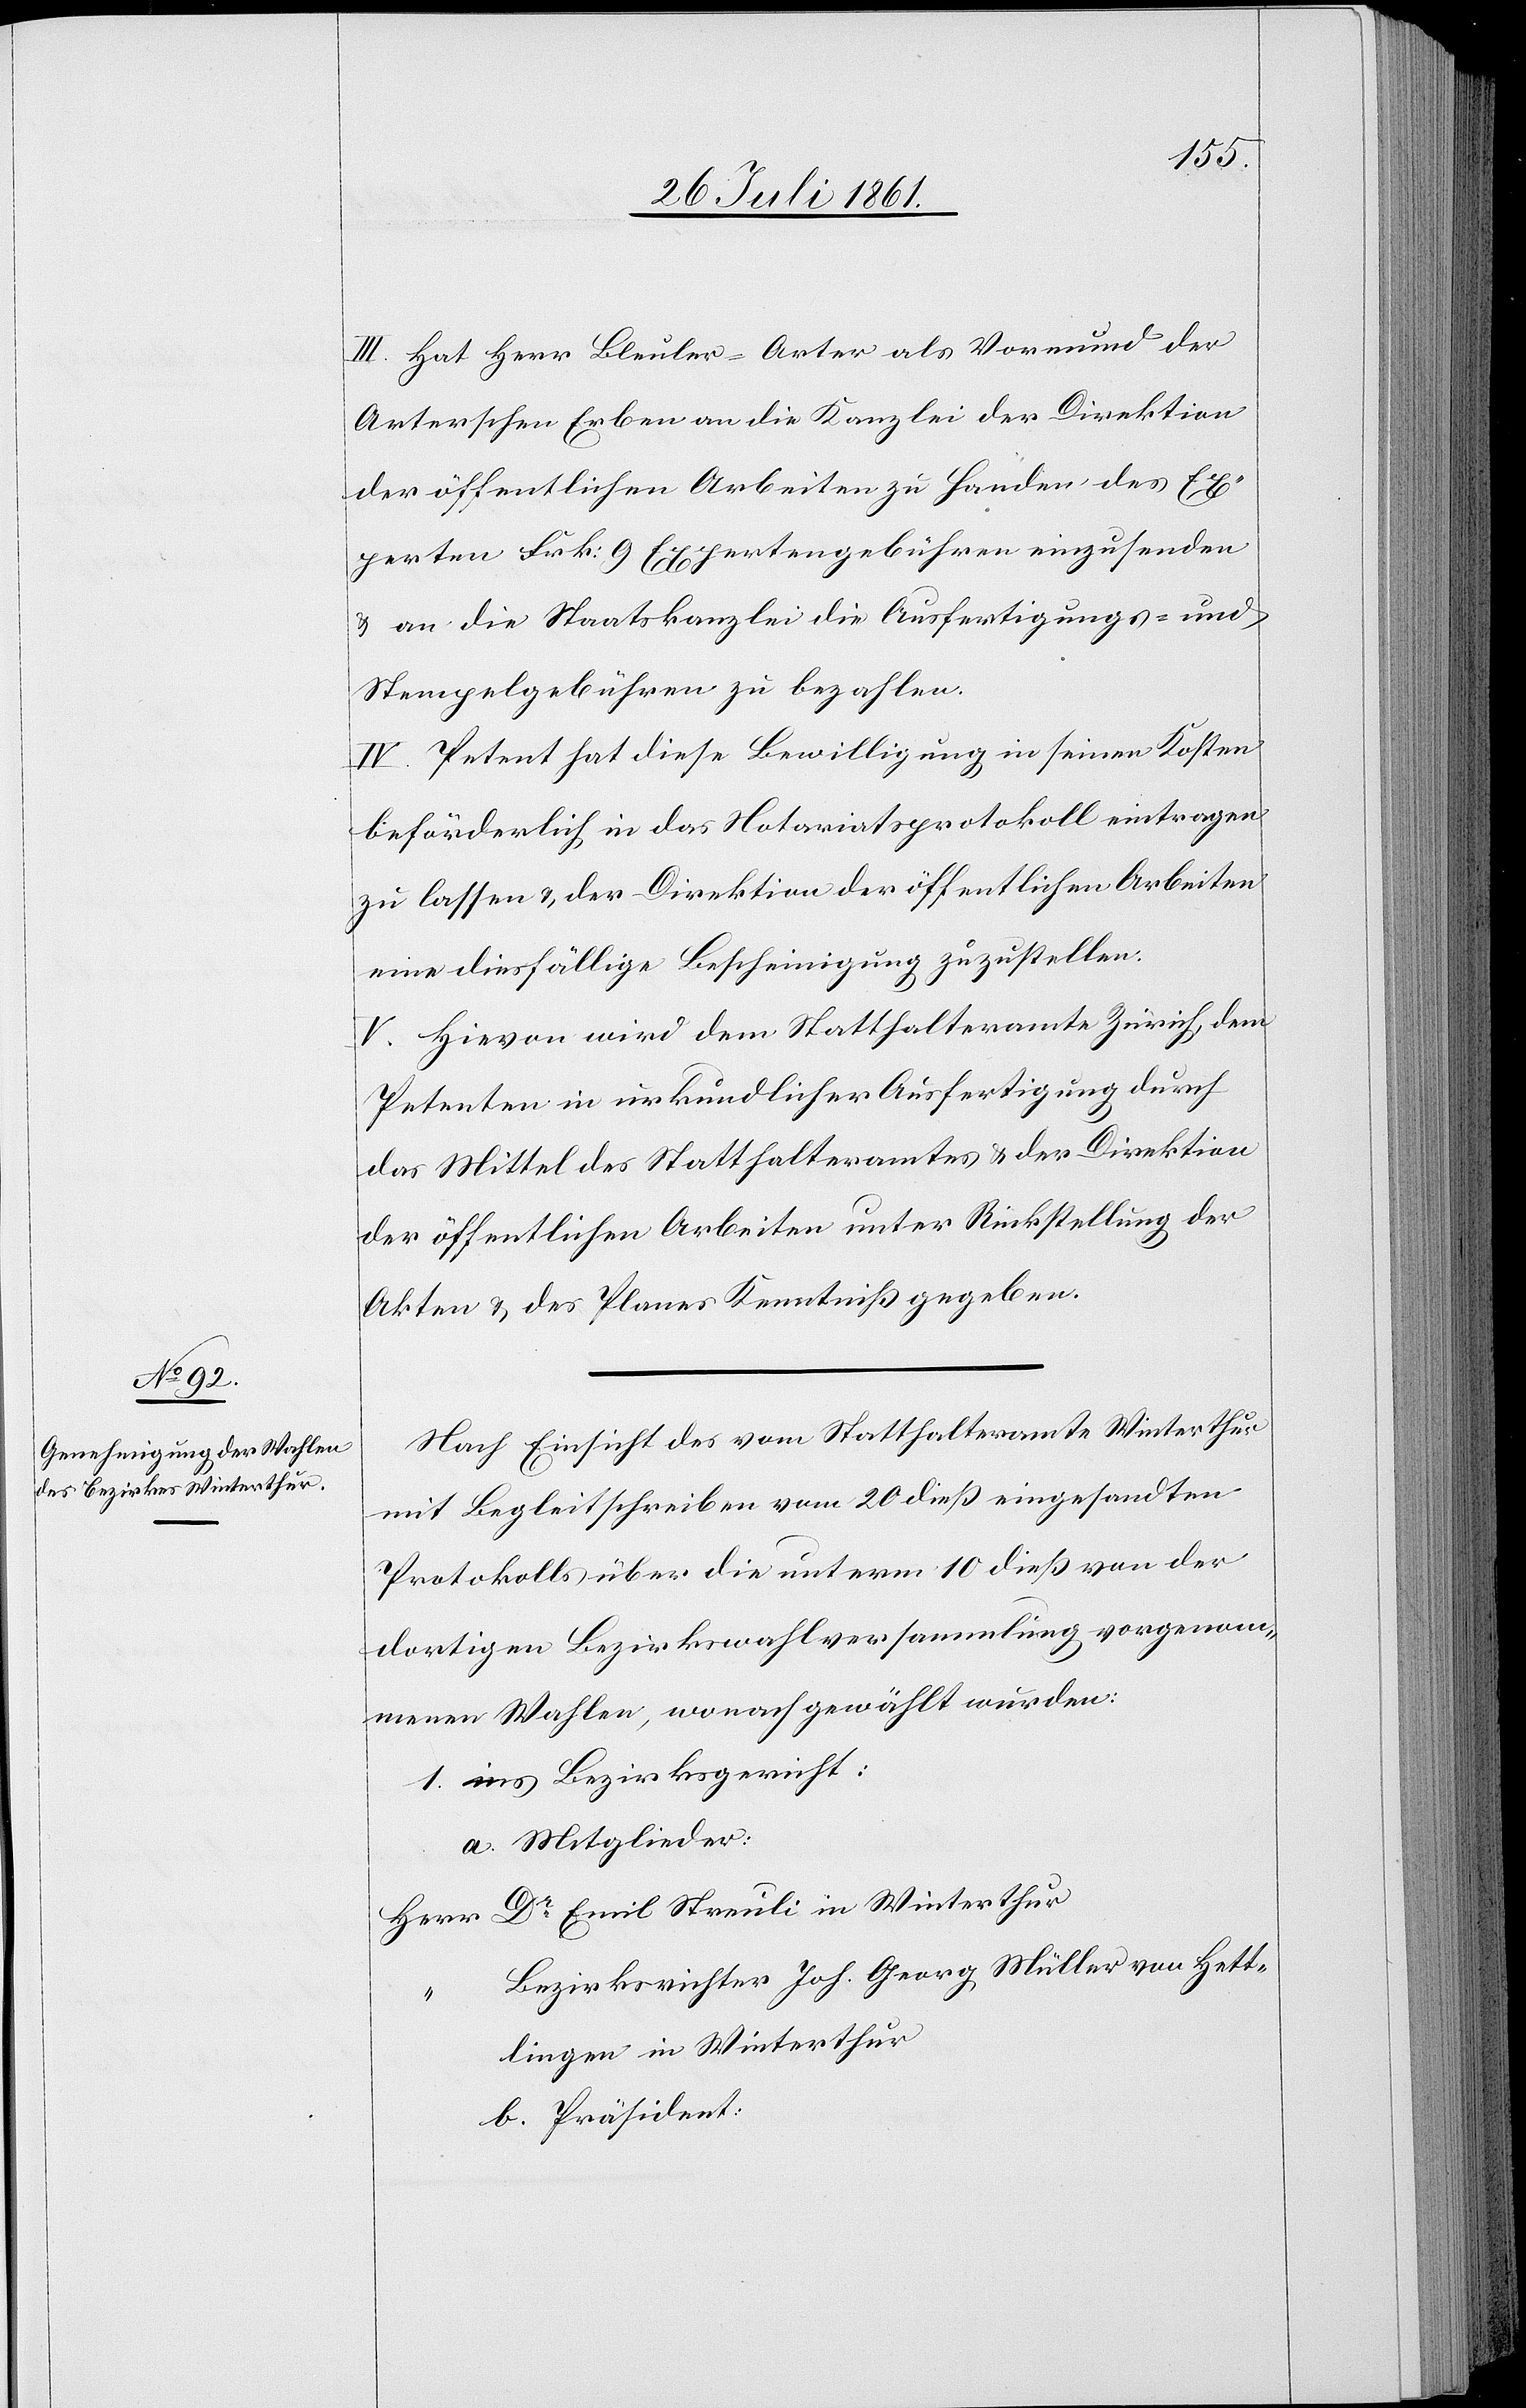
III. Hat Herr Bleuler-Arter als Vormund der
Arterschen Erben an die Kanzlei der Direktion
der öffentlichen Arbeiten zu Handen des Ex¬
perten Frk. 9 Expertengebühren einzusenden
u. an die Staatskanzlei die Ausfertigungs- u.
Stempelgebühren zu bezahlen.
IV. Petent hat diese Bewilligung in seinen Kosten
beförderlich in das Notariatsprotokoll eintragen
zu lassen u. der Direktion der öffentlichen Arbeiten
eine diesfällige Bescheinigung zuzustellen.
V. Hievon wird dem Statthalteramte Zürich, dem
Petenten in urkundlicher Ausfertigung durch
das Mittel des Statthalteramtes u. der Direktion
der öffentlichen Arbeiten unter Rückstellung der
Akten u. des Planes Kenntniß gegeben.
Nach Einsicht des vom Statthalteramte Winterthur
mit Begleitschreiben vom 20 dieß eingesandten
Protokolls über die unterm 10 dieß von der
dortigen Bezirkswahlversammlung vorgenom¬
menen Wahlen, wonach gewählt wurden:
1. ins Bezirksgericht:
a. Mitglieder:
Herr Dr Emil Streuli in Winterthur
Bezirksrichter Joh. Georg Müller von Hett¬
lingen in Winterthur
b. Präsident: